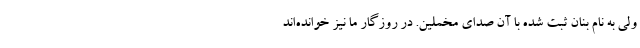
ولی به نام بنان ثبت شده با آن صدای مخملین. در روزگار ما نیز خوانده‌اند